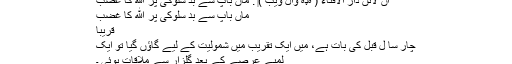
آن لائن دار الافتاء ( هډه وال ويب )‏ : ماں باپ سے بد سلوکی پر الله کا غضب
ماں باپ سے بد سلوکی پر الله کا غضب
قریباً
چار سا ل قبل کی بات ہے، میں ایک تقریب میں شمولیت کے لیے گاﺅں گیا تو ایک
لمبے عرصے کے بعد گلزار سے ملاقات ہوئی ۔